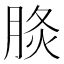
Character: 𦛧